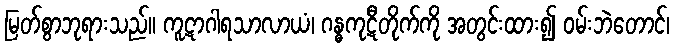
မြတ်စွာဘုရားသည်။ ကူဋာဂါရသာလာယံ၊ ဂန္ဓကုဋီတိုက်ကို အတွင်းထား၍ ဝမ်းဘဲတောင်၊